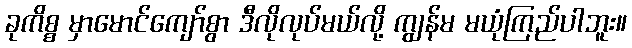
ခုကိစ္စ မှာမောင်ကျော်စွာ ဒီလိုလုပ်မယ်လို့ ကျွန်မ မယုံကြည်ပါဘူး။